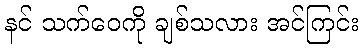
နင် သက်ဝေကို ချစ်သလား အင်ကြင်း